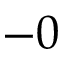
- 0